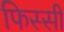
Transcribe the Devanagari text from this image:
फिस्सी